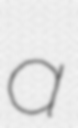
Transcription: a